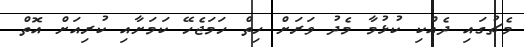
މެޗުގައި ދެއްކި ކުޅުމާ މެދު ވަރަށް ހިތް ހަމަޖެހޭ ކަމަށާއި ކުރިއަށް އޮތް